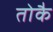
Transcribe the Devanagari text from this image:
तोकै